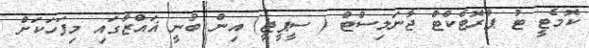
ކޮމެޓީ ޓު ޕްރޮޓެކްޓް ޖާނަލިސްޓް ( ސީޕީޖީ) އިން ބުނީ ޣައްޒާގައި މިފަހަކަށް